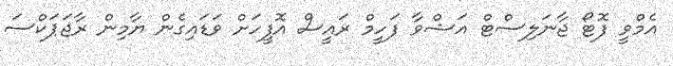
އެމްވީ ފޮޓޯ ޖާނަލިސްޓް އަޝްވާ ފަހީމް ރައީސް އޮފީހަށް ވަޑައިގެން ޔާމިން ރާޖަޕަކްސަ